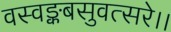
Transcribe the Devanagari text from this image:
वस्वङ्कबसुवत्सरे।।